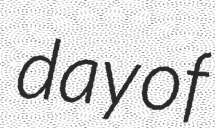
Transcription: day of